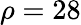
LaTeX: \rho=28